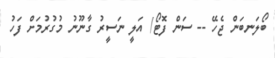
ބޯލަނބަން ޖެހޭ -- ސަންް ފޮޓޯ/ އަލީ ނަސީރު ގާނޫނު މުގުރުމަށް ފަހު